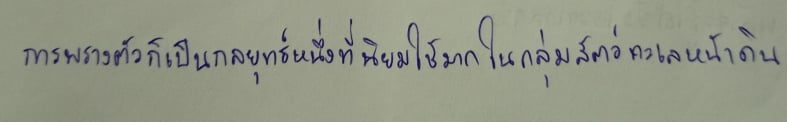
การพรางตัวก็เป็นกลยุทธ์หนึ่งที่นิยมใช้มากในกลุ่มสัตว์ทะเลหน้าดิน